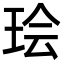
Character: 㻅